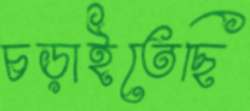
চড়াইতেছি